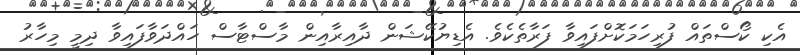
އެކި ކޯސްތައް ފުރިހަމަކޮށްފައިވާ ފަރާތެކެވެ. އެޑިޔުކޭޝަން ދާއިރާއިން މާސްޓާސް ހައްދަވާފައިވާ ދިމީ މިހާރު